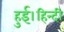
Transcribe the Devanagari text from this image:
हुई।हिन्दी